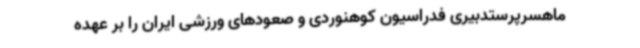
ماهسرپرستدبیری فدراسیون کوهنوردی و صعودهای ورزشی ایران را بر عهده